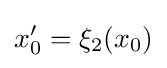
x_{0}^{\prime }=\xi _{2}(x_{0})